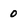
Character: 0